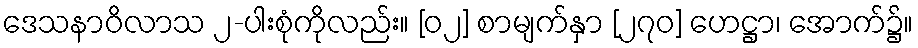
ဒေသနာဝိလာသ ၂-ပါးစုံကိုလည်း။ [၀၂] စာမျက်နှာ [၂၇၀] ဟေဋ္ဌာ၊ အောက်၌။